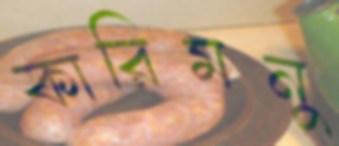
কারিমনু